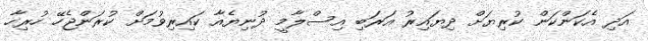
އަދި އެކަންކަން ކުރިޔަށް ދިޔައިރު އަރަބި އިސްލާމީ ދުނިޔެއާ ކައިރިވުމަށް ކުރަންޖެހޭ ހުރިހާ